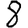
Digit: 8